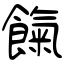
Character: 餼